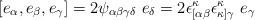
LaTeX: \begin{align*}[e_\alpha,e_\beta,e_\gamma]=2\psi_{\alpha \beta \gamma \delta}~ e_\delta = 2 \epsilon_{[\alpha\beta}^\kappa \epsilon_{\kappa ]\gamma}^\kappa~e_\gamma\end{align*}